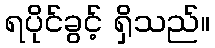
ရပိုင်ခွင့် ရှိသည်။